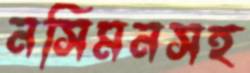
নসিমনসহ